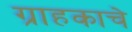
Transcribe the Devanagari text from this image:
ग्राहकाचे